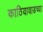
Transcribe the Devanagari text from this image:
काठियावाडच्या